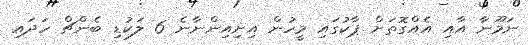
ނަމޫނާ އާއި އެއްގޮތަށް ޕާކުގައި މީހުން އިށިއިންނާނެ 6 ލަކުޑި ބެންޗް ހަދައި